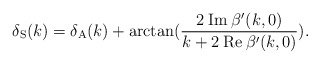
\begin{align*}\delta_{\rm S}(k) = \delta_{\rm A}(k) +\arctan(\frac{2 \: {\rm Im} \: \beta'(k,0)}{k + 2\: {\rm Re} \: \beta'(k,0)}).\end{align*}